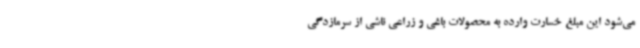
می‌شود این مبلغ خسارت وارده به محصولات باغی و زراعی ناشی از سرمازدگی